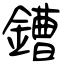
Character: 鏪